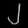
Digit: ၂